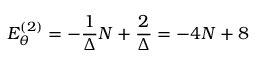
E _ { \theta } ^ { ( 2 ) } = - \frac { 1 } { \Delta } N + \frac { 2 } { \Delta } = - 4 N + 8